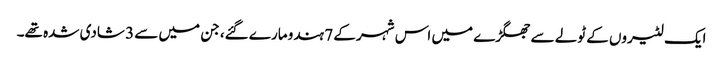
ایک لٹیروں کے ٹولے سے جھگڑے میں اس شہر کے 7 ہندو مارے گئے، جن میں سے 3 شادی شدہ تھے۔